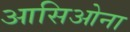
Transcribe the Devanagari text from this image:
आसिओना